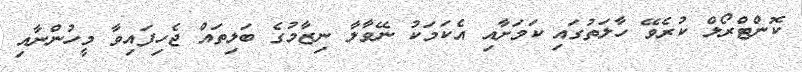
ކޮންޓްރޯލް ކުރެވޭ ހާލަތުގައި ކަމަށާއި އެކަމަކު ނޭވާލާ ނިޒާމުގެ ބަލިތައް ޖެހިފައިވާ މީހުންނާއި